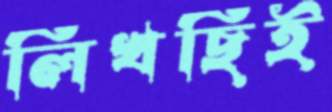
লিখছিই